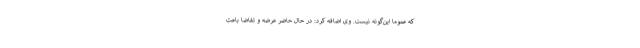
که عموماً این‌گونه نیست. وی اضافه کرد: در حال حاضر عرضه و تقاضا باعث